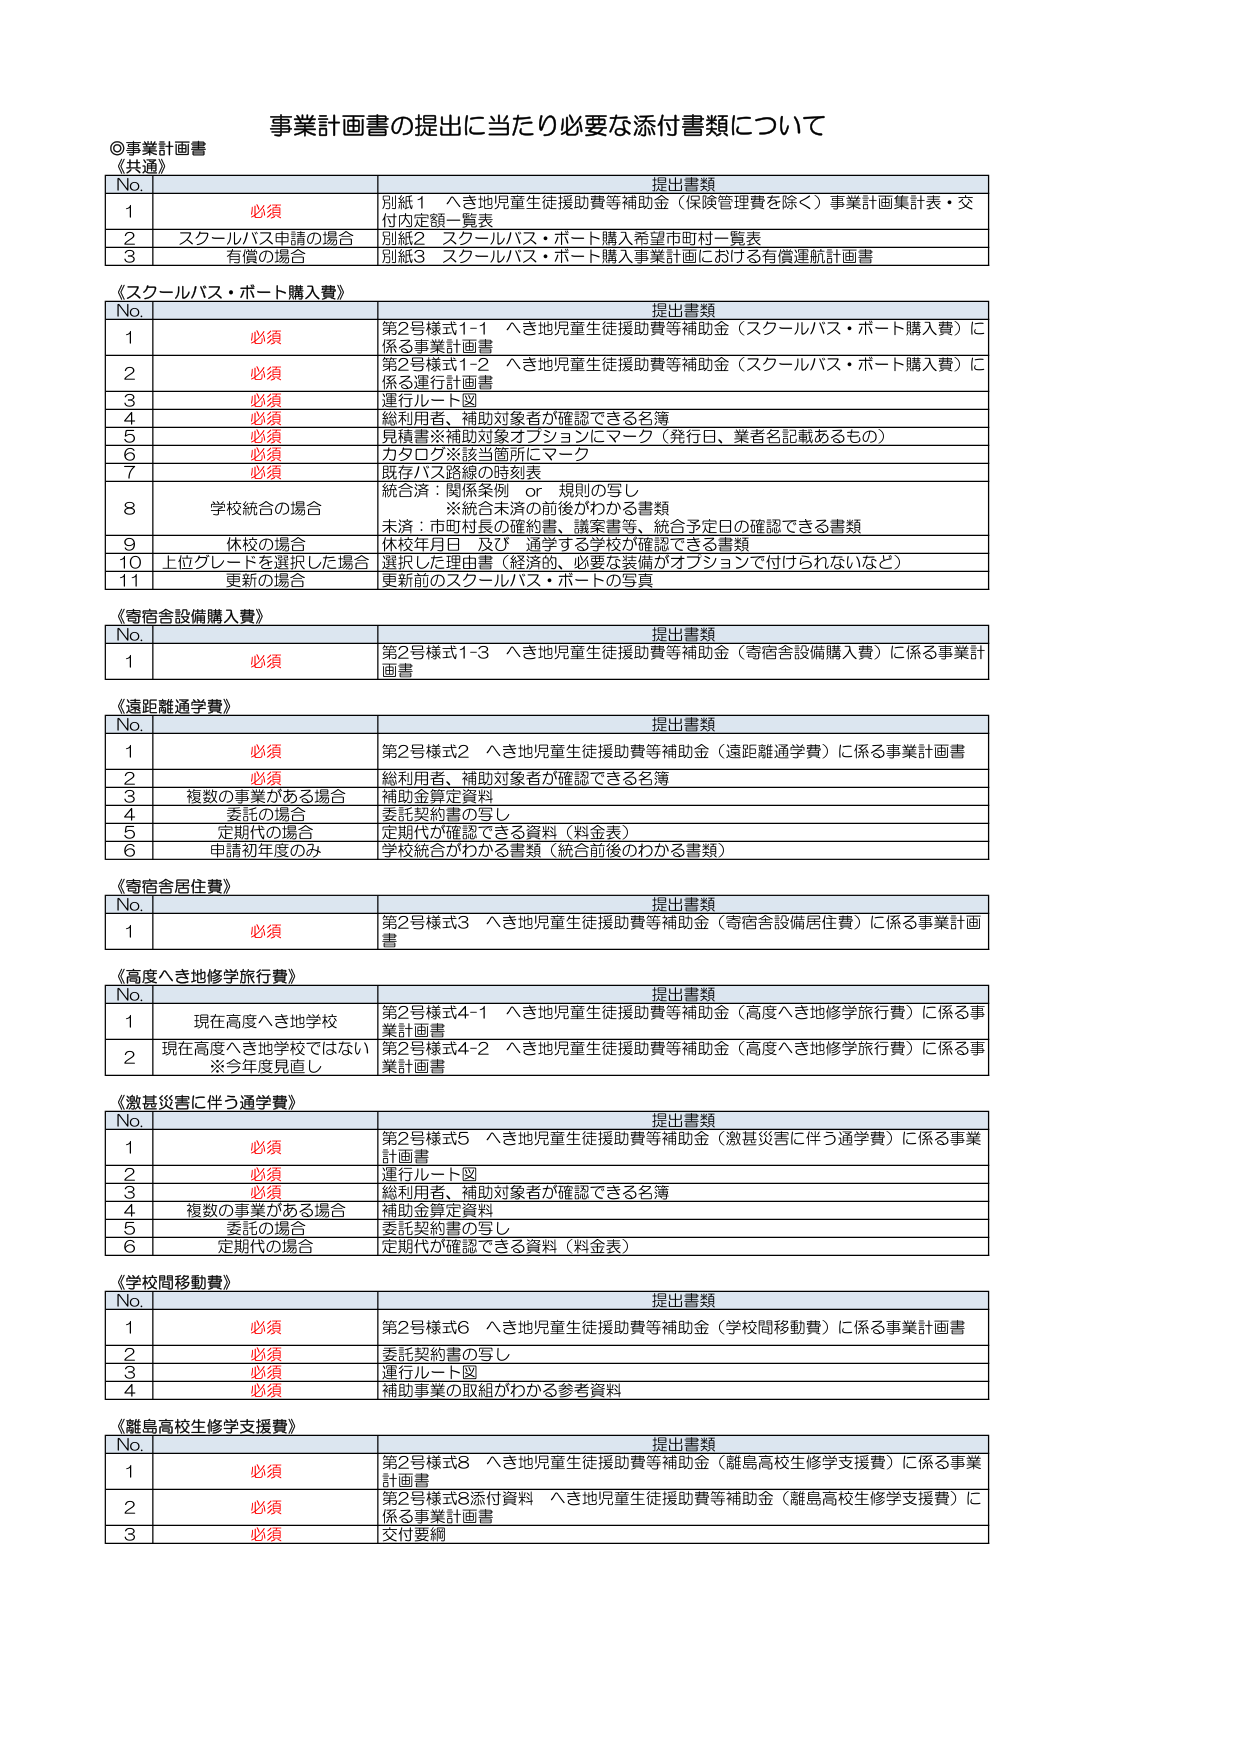
事業計画書の提出に当たり必要な添付書類について

◎事業計画書
《共通》
No.　提出書類
1　必須　別紙1　へき地児童生徒援助費等補助金（保険管理費を除く）事業計画集計表・交付内定額一覧表
2　スクールバス申請の場合　別紙2　スクールバス・ボート購入希望市町村一覧表
3　有償の場合　別紙3　スクールバス・ボート購入事業計画における有償運航計画書

《スクールバス・ボート購入費》
No.　提出書類
1　必須　第2号様式1-1　へき地児童生徒援助費等補助金（スクールバス・ボート購入費）に係る事業計画書
2　必須　第2号様式1-2　へき地児童生徒援助費等補助金（スクールバス・ボート購入費）に係る運行計画書
3　必須　運行ルート図
4　必須　総利用者、補助対象者が確認できる名簿
5　必須　見積書※補助対象オプションにマーク（発行日、業者名記載あるもの）
6　必須　カタログ※該当箇所にマーク
7　必須　既存バス路線の時刻表
8　学校統合の場合　統合済：関係条例　or　規則の写し
　　　　　　　　　　※統合未済の前後がわかる書類
　　　　　　　　　　未済：市町村長の確約書、議案書等、統合予定日の確認できる書類
9　休校の場合　休校年月日　及び　通学する学校が確認できる書類
10　上位グレードを選択した場合　選択した理由書（経済的、必要な装備がオプションで付けられないなど）
11　更新の場合　更新前のスクールバス・ボートの写真

《寄宿舎設備購入費》
No.　提出書類
1　必須　第2号様式1-3　へき地児童生徒援助費等補助金（寄宿舎設備購入費）に係る事業計画書

《遠距離通学費》
No.　提出書類
1　必須　第2号様式2　へき地児童生徒援助費等補助金（遠距離通学費）に係る事業計画書
2　必須　総利用者、補助対象者が確認できる名簿
3　複数の事業がある場合　補助金算定資料
4　委託の場合　委託契約書の写し
5　定期代の場合　定期代が確認できる資料（料金表）
6　申請初年度のみ　学校統合がわかる書類（統合前後のわかる書類）

《寄宿舎居住費》
No.　提出書類
1　必須　第2号様式3　へき地児童生徒援助費等補助金（寄宿舎設備居住費）に係る事業計画書

《高度へき地修学旅行費》
No.　提出書類
1　現在高度へき地学校　第2号様式4-1　へき地児童生徒援助費等補助金（高度へき地修学旅行費）に係る事業計画書
2　現在高度へき地学校ではない　第2号様式4-2　へき地児童生徒援助費等補助金（高度へき地修学旅行費）に係る事業計画書
　　　※今年度見直し

《激甚災害に伴う通学費》
No.　提出書類
1　必須　第2号様式5　へき地児童生徒援助費等補助金（激甚災害に伴う通学費）に係る事業計画書
2　必須　運行ルート図
3　必須　総利用者、補助対象者が確認できる名簿
4　複数の事業がある場合　補助金算定資料
5　委託の場合　委託契約書の写し
6　定期代の場合　定期代が確認できる資料（料金表）

《学校間移動費》
No.　提出書類
1　必須　第2号様式6　へき地児童生徒援助費等補助金（学校間移動費）に係る事業計画書
2　必須　委託契約書の写し
3　必須　運行ルート図
4　必須　補助事業の取組がわかる参考資料

《離島高校生修学支援費》
No.　提出書類
1　必須　第2号様式8　へき地児童生徒援助費等補助金（離島高校生修学支援費）に係る事業計画書
2　必須　第2号様式8添付資料　へき地児童生徒援助費等補助金（離島高校生修学支援費）に係る事業計画書
3　必須　交付要綱